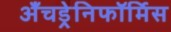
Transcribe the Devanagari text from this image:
अँचड्रेनिफॉर्मिस